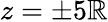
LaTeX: z=\pm5\mathbb{R}